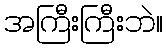
အကြီးကြီးဘဲ။